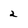
Character: 2